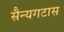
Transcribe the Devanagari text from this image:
सैन्यगटास